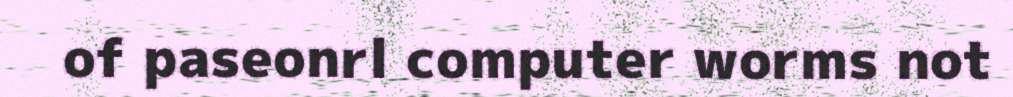
of paseonrl computer worms not